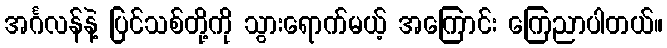
အင်္ဂလန်နဲ့ ပြင်သစ်တို့ကို သွားရောက်မယ့် အကြောင်း ကြေညာပါတယ်။